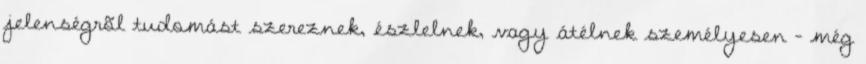
jelenségrõl tudomást szereznek, észlelnek, vagy átélnek személyesen - még